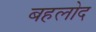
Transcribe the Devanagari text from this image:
बहलोद